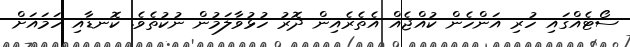
ސޯޓެއްގައި ހުރި އަންހެން ކުއްޖެއް އެތެރެއިން ދޮރު ހުޅުވާލަމުން ނުކުތެވެ. ކޮނޑާއި ހަމައަށް